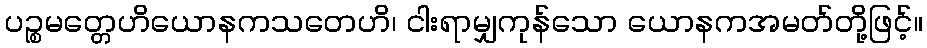
ပဉ္စမတ္တေဟိယောနကသတေဟိ၊ ငါးရာမျှကုန်သော ယောနကအမတ်တို့ဖြင့်။